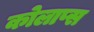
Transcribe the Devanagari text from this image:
कोलाप्स